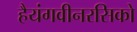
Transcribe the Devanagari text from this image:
हैयंगवीनरसिको